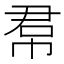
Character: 帬